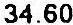
34.60